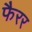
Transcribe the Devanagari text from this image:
फैरर